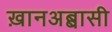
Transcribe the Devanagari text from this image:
ख़ानअब्बासी